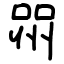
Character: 喌